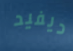
ديفيد